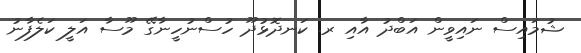
ޝުމައިސް ނައިވީން އަބްދު އާއި ރ. ކަނދޮޅުދޫ ހުސްނުހީނާގޭ މޫސާ އަލީ ކަލެފާނު